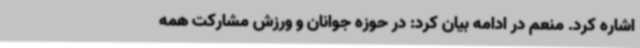
اشاره کرد. منعم در ادامه بیان کرد: در حوزه جوانان و ورزش مشارکت همه